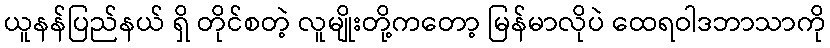
ယူနန်ပြည်နယ် ရှိ တိုင်စတဲ့ လူမျိုးတို့ကတော့ မြန်မာလိုပဲ ထေရဝါဒဘာသာကို